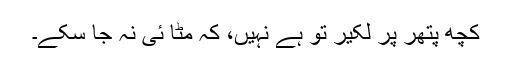
کچھ پتھر پر لکیر تو ہے نہیں، کہ مٹا ئی نہ جا سکے۔